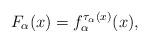
LaTeX: \begin{align*}F_{\alpha}(x)=f_{\alpha}^{\tau_{\alpha}(x)}(x),\end{align*}